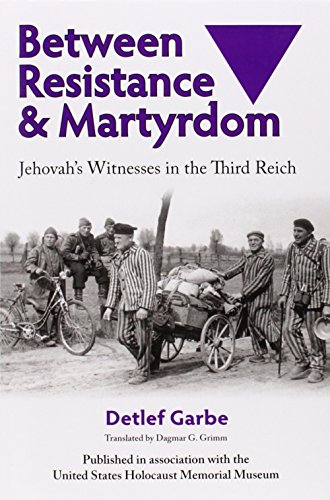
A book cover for Between Resistance and Martyrdom: Jehovah's Witnesses in the Third Reich; Detlef Garbe; Christian Books & Bibles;